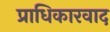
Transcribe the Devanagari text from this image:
प्राधिकारवाद